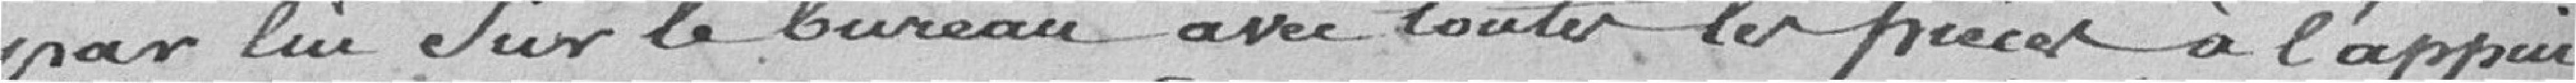
par lui sur le bureau avec toutes les pièces à l'appui ;